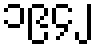
၁၉၄၂